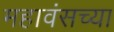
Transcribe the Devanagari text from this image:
महावंसच्या